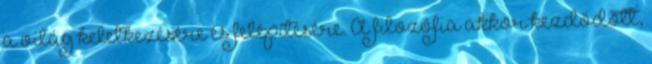
a világ keletkezésére és felépítésére. A filozófia akkor kezdődött,